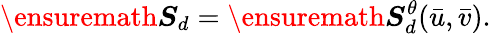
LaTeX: \ensuremath{\boldsymbol{S}}_{d}=\ensuremath{\boldsymbol{S}}_{d}^{\theta}(\bar{u},\bar{v}).